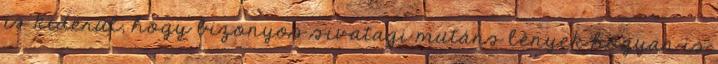
is kiderül, hogy bizonyos sivatagi mutáns lények hogyan is